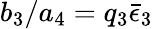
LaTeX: b_{3}/a_{4}=q_{3}\bar{\epsilon}_{3}